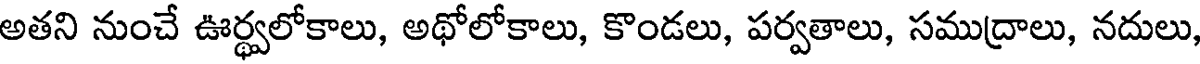
అతని నుంచే ఊర్థ్వలోకాలు, అథోలోకాలు, కొండలు, పర్వతాలు, సముద్రాలు, నదులు,